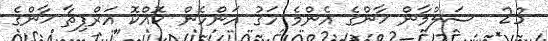
23  ސަލްމާން ޚާންގެ އެންމެ ހަގު އަންހެން ކޮއްކޮ އަރްޕިތާ ޚާންގެ